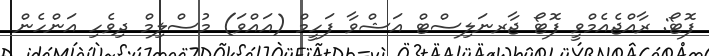
ފޮޓޯ: ރާއްޖެއެމްވީ ފޮޓޯ ޖާރނަލިސްޓް އަޝްވާ ފަހީމް (އައްވަ) މުސްލިމް ދިވެހި އަންހެން